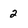
Character: 2